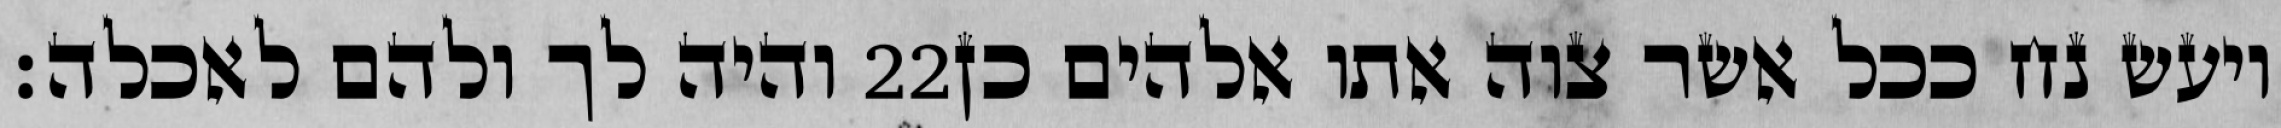
והיה לך ולהם לאכלה׃ ‎22‏ ויעש נח ככל אשר צוה אתו אלהים כן